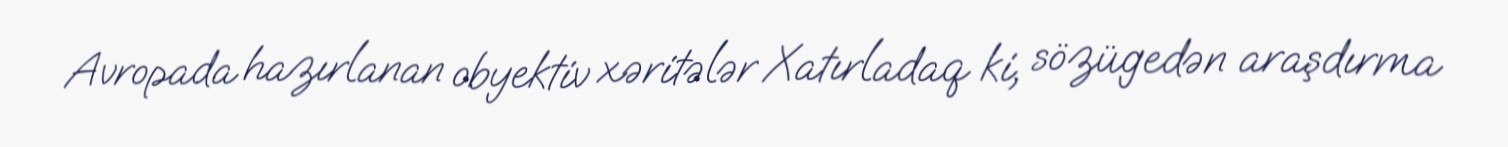
Avropada hazırlanan obyektiv xəritələr Xatırladaq ki, sözügedən araşdırma